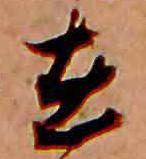
在